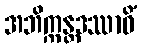
အဘိက္ကန္တဒဿာဝိံ